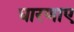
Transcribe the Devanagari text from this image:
धारणाए